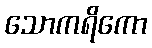
သောကရိကော